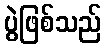
ပွဲဖြစ်သည်